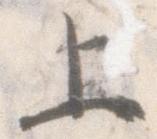
上